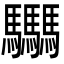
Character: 𩧢